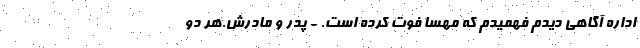
اداره آگاهی دیدم فهمیدم که مهسا فوت کرده است. - پدر و مادرش.هر دو